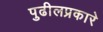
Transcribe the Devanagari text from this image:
पुढीलप्रकारे